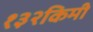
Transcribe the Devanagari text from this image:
१३२किमी